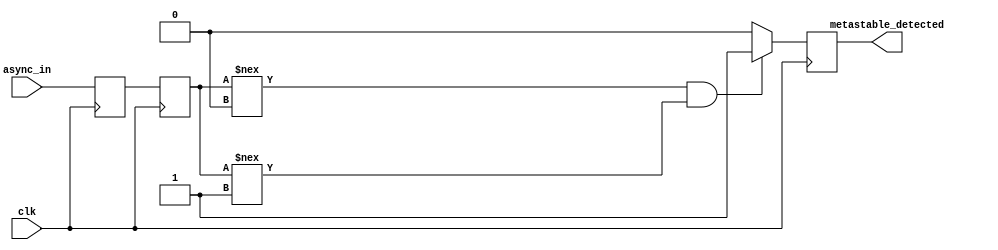
module two_ff_metastability_detector (
    input wire clk,            // Clock signal
    input wire async_in,      // Asynchronous input signal
    output reg metastable_detected // Output signal indicating metastability
);

    reg ff1;                  // First flip-flop
    reg ff2;                  // Second flip-flop

    // Flip-Flop 1: Sample the asynchronous input on the clock edge
    always @(posedge clk) begin
        ff1 <= async_in;      // Sample async_in
    end

    // Flip-Flop 2: Sample the output of FF1 on the next clock edge
    always @(posedge clk) begin
        ff2 <= ff1;           // Sample output of FF1
    end

    // Metastability detection logic
    always @(posedge clk) begin
        // Check if ff2 is stable
        if (ff2 !== 1'b0 && ff2 !== 1'b1) begin
            metastable_detected <= 1'b1; // Metastability detected
        end else begin
            metastable_detected <= 1'b0; // No metastability
        end
    end

endmodule